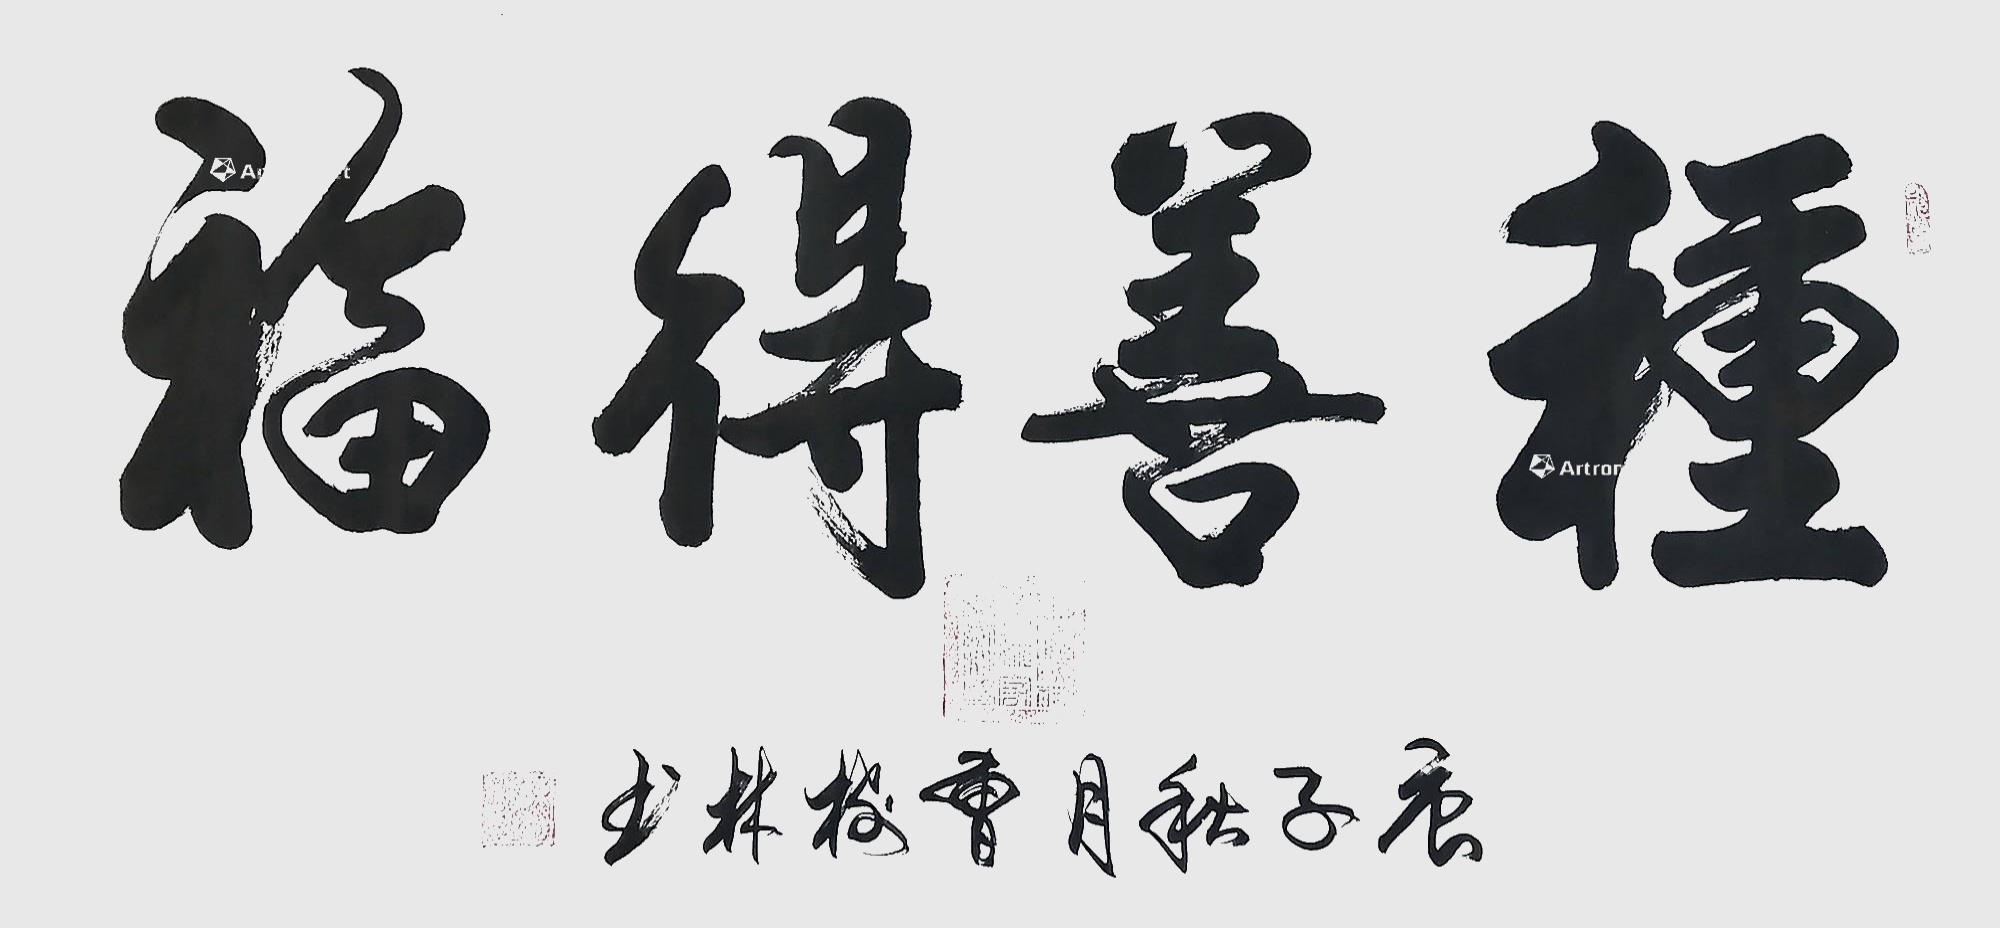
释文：种善得福庚子秋月曹树林书